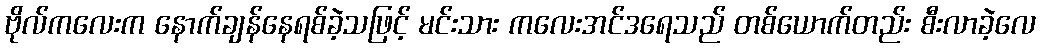
ဗိုလ်ကလေးက နောက်ချန်နေရစ်ခဲ့သဖြင့် မင်းသား ကလေးအင်ဒရေသည် တစ်ယောက်တည်း စီးလာခဲ့လေ